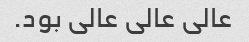
عالی عالی عالی بود.